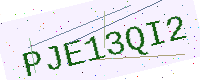
Text: PJE13QI2